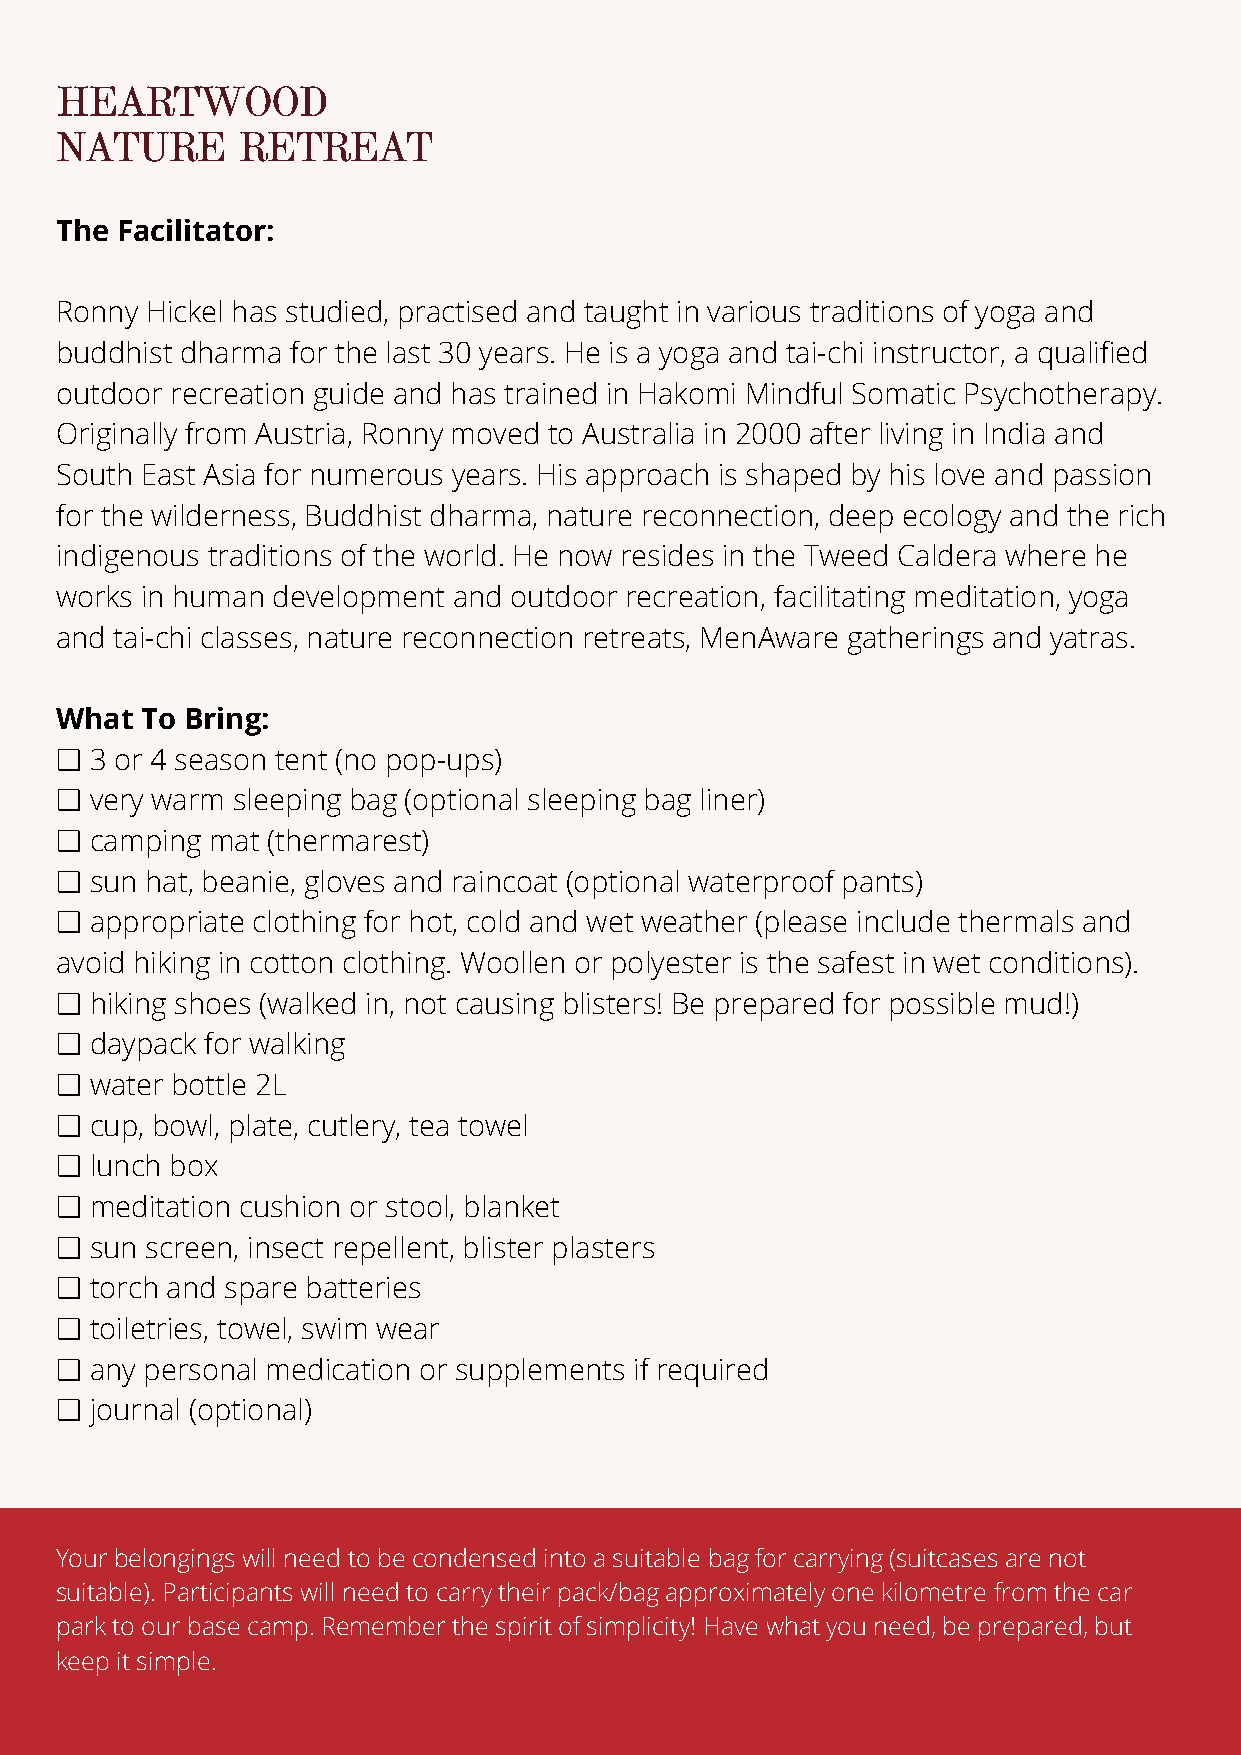
HEARTWOOD
 NATURE      RETREAT
 The Facilitator:
 Ronny Hickel has studied, practised and taught in various traditions of yoga and
 buddhist dharma for the last 30 years. He is a yoga and tai-chi instructor, a qualified
 outdoor recreation guide and has trained in Hakomi Mindful Somatic Psychotherapy.
 Originally from Austria, Ronny moved to Australia in 2000 after living in India and
 South East Asia for numerous years. His approach is shaped by his love and passion
 for the wilderness, Buddhist dharma, nature reconnection, deep ecology and the rich
 indigenous traditions of the world. He now resides in the Tweed Caldera where he
 works in human development and outdoor recreation, facilitating meditation, yoga
 and tai-chi classes, nature reconnection retreats, MenAware gatherings and yatras.
 What To Bring:
 ❏ 3 or 4 season tent (no pop-ups)
 ❏ very warm sleeping bag (optional sleeping bag liner)
 ❏ camping mat (thermarest)
 ❏ sun hat, beanie, gloves and raincoat (optional waterproof pants)
 ❏ appropriate clothing for hot, cold and wet weather (please include thermals and
 avoid hiking in cotton clothing. Woollen or polyester is the safest in wet conditions).
 ❏ hiking shoes (walked in, not causing blisters! Be prepared for possible mud!)
 ❏ daypack for walking
 ❏ water bottle 2L
 ❏ cup, bowl, plate, cutlery, tea towel
 ❏ lunch box
 ❏ meditation cushion or stool, blanket
 ❏ sun screen, insect repellent, blister plasters
 ❏ torch and spare batteries
 ❏ toiletries, towel, swim wear
 ❏ any personal medication or supplements if required
 ❏ journal (optional)
 Your belongings will need to be condensed into a suitable bag for carrying (suitcases are not
 suitable). Participants will need to carry their pack/bag approximately one kilometre from the car
 park to our base camp. Remember the spirit of simplicity! Have what you need, be prepared, but
 keep it simple.